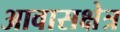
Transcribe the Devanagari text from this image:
आवासक्षेत्र